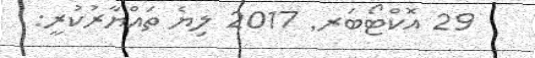
29 އޮކްޓޯބަރ